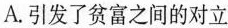
些举措( )